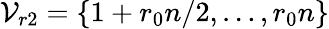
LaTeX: \mathcal{V}_{r2}=\{ 1+r_{0}n/2,\dots,r_{0}n\}